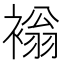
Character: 𧛹